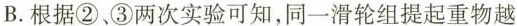
B.根据②、③两次实验可知，同一滑轮组提起重物越